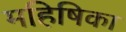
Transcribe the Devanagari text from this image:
महिषिका